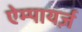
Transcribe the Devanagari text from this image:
ऐम्पायर्ज़